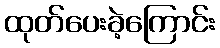
ထုတ်ပေးခဲ့ကြောင်း